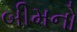
બીમનો